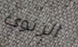
الرئوي